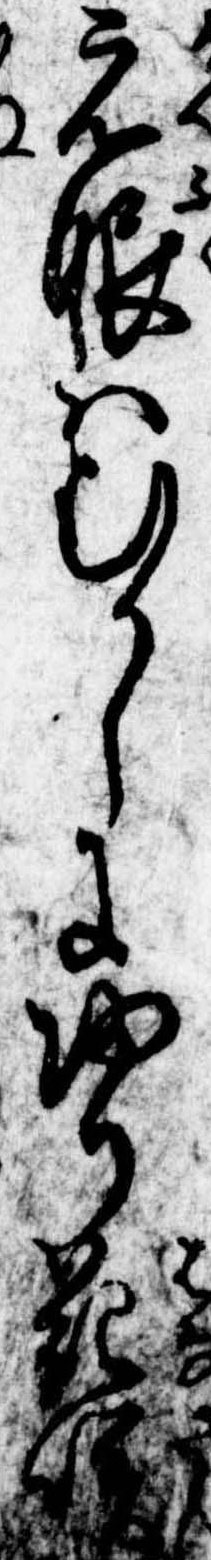
元服はむかしに帰り花咲